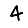
Digit: 4